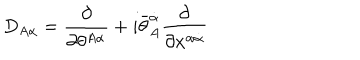
D _ { A \alpha } = { \frac { \partial } { \partial \theta ^ { A \alpha } } } + i \bar { \theta } _ { A } ^ { \dot { \alpha } } { \frac { \partial } { \partial x ^ { \alpha \dot { \alpha } } } }